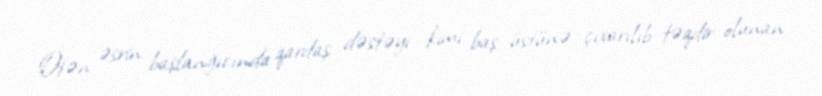
Ötən əsrin başlanğıcında qardaş dəstəyi kimi baş üstünə çıxarılıb təqdir olunan